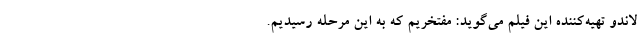
لاندو تهیه‌کننده این فیلم می‌گوید: مفتخریم که به این مرحله رسیدیم.